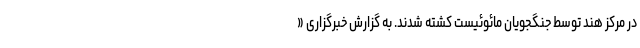
در مرکز هند توسط جنگجویان مائوئیست کشته شدند. به گزارش خبرگزاری «